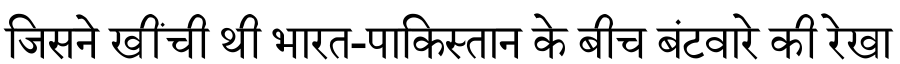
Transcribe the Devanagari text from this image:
जिसने खींची थी भारत-पाकिस्तान के बीच बंटवारे की रेखा